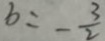
b = - \frac { 3 } { 2 }